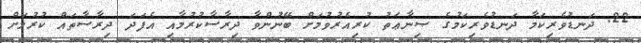
22. ދަނޑުވެރިކަމާ ދަނޑުވެރިކަމުގެ ޞިނާޢަތު ކުރިއެރުވުމަށް ބޭނުންވާ ދިރާސާކުރުމާއި އެފަދަ ދިރާސާތައް ކުރުމަށް